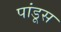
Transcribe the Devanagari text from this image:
पांडूस